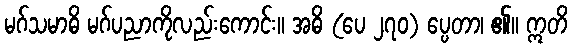
မဂ်သမာဓိ မဂ်ပညာကိုလည်းကောင်း။ အဓိ (ပေ ၂၇၀) ပ္ပေတာ၊ ၏။ ဣတိ